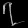
Digit: ၇